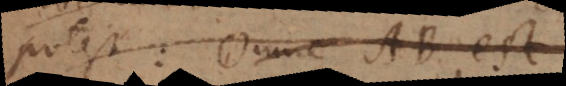
potest: Omne AB, est